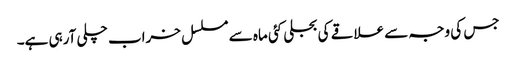
جس کی وجہ سے علاقے کی بجلی کئی ماہ سے مسلسل خراب چلی آرہی ہے۔